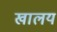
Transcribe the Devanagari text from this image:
खालय